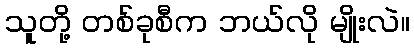
သူတို့ တစ်ခုစီက ဘယ်လို မျိုးလဲ။